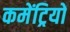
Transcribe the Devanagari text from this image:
कमेंट्रियों